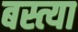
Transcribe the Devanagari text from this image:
बस्त्या